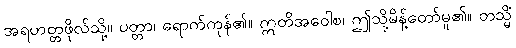
အရဟတ္တဖိုလ်သို့။ ပတ္တာ၊ ရောက်ကုန်၏။ ဣတိအဝေါစ၊ ဤသို့မိန့်တော်မူ၏။ တသ္မိံ